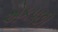
એકપછી